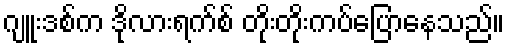
ဂျူးဒစ်က ဒိုလားရက်စ် တိုးတိုးကပ်ပြောနေသည်။